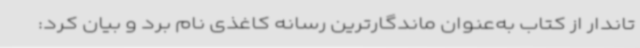
تاندار از کتاب به‌عنوان ماندگارترین رسانه کاغذی نام برد و بیان کرد: